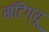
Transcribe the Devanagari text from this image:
मॉंटेग्यू